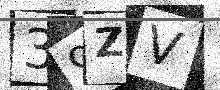
Text: 39ZV